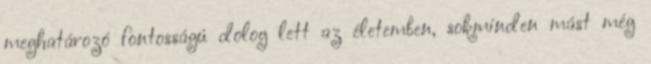
meghatározó fontosságú dolog lett az életemben, sokminden mást még